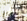
هل